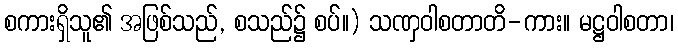
စကားရှိသူ၏ အဖြစ်သည်, စသည်၌ စပ်။) သဏှဝါစတာတိ-ကား။ မဋ္ဌဝါစတာ၊